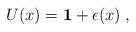
LaTeX: \begin{align*}U(x)={\bf 1} + \epsilon (x)\;,\end{align*}